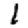
Digit: 1